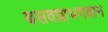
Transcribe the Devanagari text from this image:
बसवन्नाभगवान